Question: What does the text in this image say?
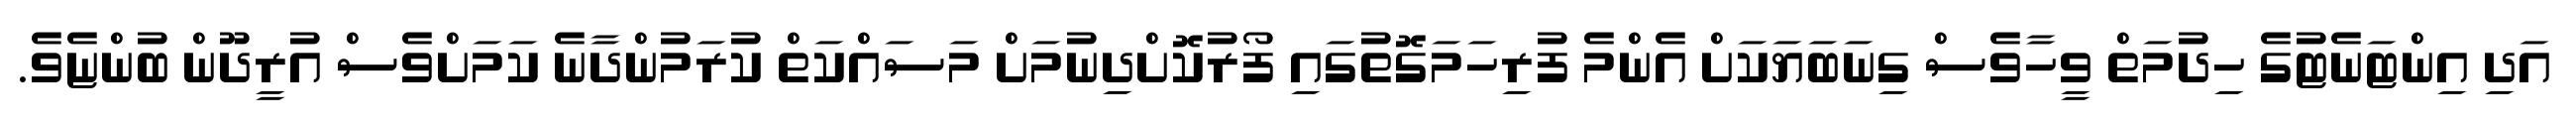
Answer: އަދި އިންޓަނެޓުގެ ހިދުމަތް ވީހާވެސް ގިނަބަޔަކަށް އެންމެ ފުރިހަމަގޮތުގައި ފޯރުކޮށްދިނުމަށް މަސައްކަތް ކުރަމުންދާނެ ކަމަށްވެސް އުރީދޫން ބުންޏެވެ.